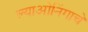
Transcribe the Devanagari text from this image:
ल्याओनिंगाचे